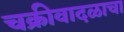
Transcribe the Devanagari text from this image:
चक्रीवादळाचा